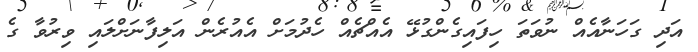
އަދި ގަހަނާއެއް ނުވަތަ ހިފައިގެންގުޅޭ އެއްޗެއް ހެދުމަށް އެއުރެން އަލިފާނަށްލައި ވިރުވާ ގެ